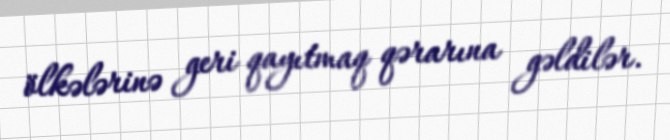
ölkələrinə geri qayıtmaq qərarına gəldilər.